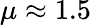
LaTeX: \mu\approx 1.5